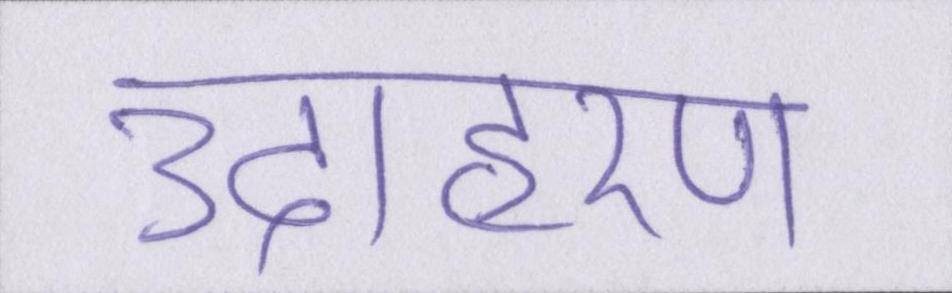
उदाहरण